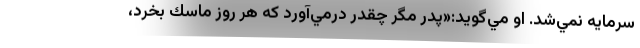
سرمايه نمي‌شد. او مي‌گويد:«پدر مگر چقدر درمي‌آورد كه هر روز ماسك بخرد،